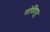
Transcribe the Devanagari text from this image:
गोविंदपुर्